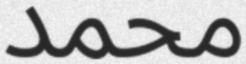
محمد